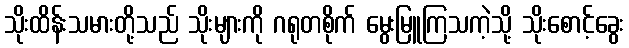
သိုးထိန်းသမားတို့သည် သိုးများကို ဂရုတစိုက် မွေးမြူကြသကဲ့သို့ သိုးစောင့်ခွေး